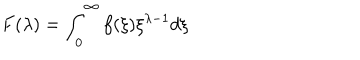
F ( \lambda ) = \int _ { 0 } ^ { \infty } f ( \xi ) \xi ^ { \lambda - 1 } d \xi